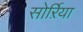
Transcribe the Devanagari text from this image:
सोर्ऱिया